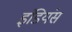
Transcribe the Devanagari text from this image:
इंडियंस